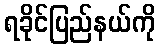
ရခိုင်ပြည်နယ်ကို